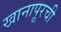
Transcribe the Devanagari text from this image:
खानापूरची